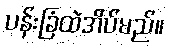
ပန်းခြံထဲအိပ်မည်။